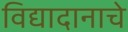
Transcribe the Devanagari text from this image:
विद्यादानाचे